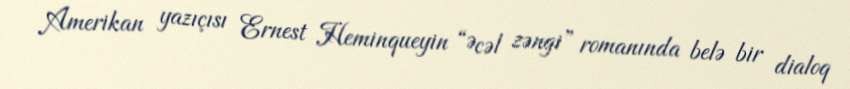
Amerikan yazıçısı Ernest Heminqueyin “Əcəl zəngi” romanında belə bir dialoq